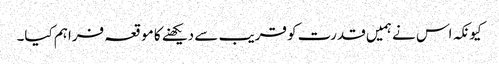
کیونکہ اس نے ہمیں قدرت کو قریب سے دیکھنے کا موقعہ فراہم کیا۔